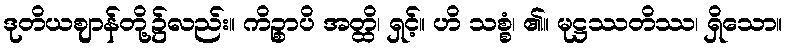
ဒုတိယဈာန်တို့၌လည်း။ ကိဉ္စာပိ အတ္ထိ၊ ရှင့်။ ဟိ သစ္စံ၊ ၏။ မုဋ္ဌဿတိဿ၊ ရှိသော။